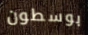
بوسطون